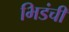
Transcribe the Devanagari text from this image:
भिडंची